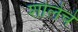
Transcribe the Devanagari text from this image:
शोलेचे